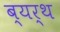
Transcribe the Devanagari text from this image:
ब्यर्थ